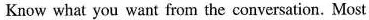
Know what you want from the conversation. Most